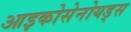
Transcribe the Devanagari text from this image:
आइकोसेनोयड्स